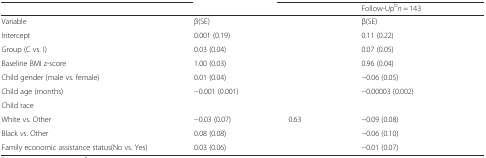
<table><thead><tr><td>[EMPTY_CELL]</td><td colspan="2">[EMPTY_CELL]</td><td colspan="2"><b>Follow-Up<sup>b</sup><i>n</i> = 143</b></td></tr></thead><tbody><tr><td>Variable</td><td>β(SE)</td><td>[EMPTY_CELL]</td><td>β(SE)</td><td>[EMPTY_CELL]</td></tr><tr><td>Intercept</td><td>0.001 (0.19)</td><td>[EMPTY_CELL]</td><td>0.11 (0.22)</td><td>[EMPTY_CELL]</td></tr><tr><td>Group (C vs. I)</td><td>0.03 (0.04)</td><td>[EMPTY_CELL]</td><td>0.07 (0.05)</td><td>[EMPTY_CELL]</td></tr><tr><td>Baseline BMI z-score</td><td>1.00 (0.03)</td><td>[EMPTY_CELL]</td><td>0.96 (0.04)</td><td>[EMPTY_CELL]</td></tr><tr><td>Child gender (male vs. female)</td><td>0.01 (0.04)</td><td>[EMPTY_CELL]</td><td>−0.06 (0.05)</td><td>[EMPTY_CELL]</td></tr><tr><td>Child age (months)</td><td>−0.001 (0.001)</td><td>[EMPTY_CELL]</td><td>−0.00003 (0.002)</td><td>[EMPTY_CELL]</td></tr><tr><td>Child race</td><td>[EMPTY_CELL]</td><td>[EMPTY_CELL]</td><td>[EMPTY_CELL]</td><td>[EMPTY_CELL]</td></tr><tr><td>White vs. Other</td><td>−0.03 (0.07)</td><td>0.63</td><td>−0.09 (0.08)</td><td>[EMPTY_CELL]</td></tr><tr><td>Black vs. Other</td><td>0.08 (0.08)</td><td>[EMPTY_CELL]</td><td>−0.06 (0.10)</td><td>[EMPTY_CELL]</td></tr><tr><td>Family economic assistance status(No vs. Yes)</td><td>0.03 (0.06)</td><td>[EMPTY_CELL]</td><td>−0.01 (0.07)</td><td>[EMPTY_CELL]</td></tr></tbody></table>